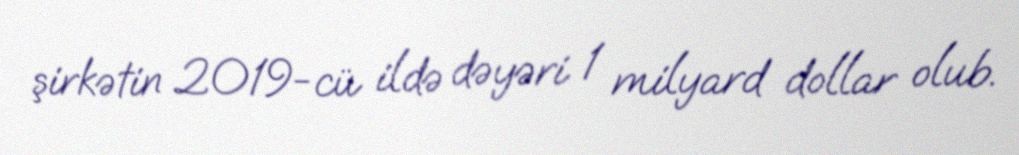
şirkətin 2019-cü ildə dəyəri 1 milyard dollar olub.